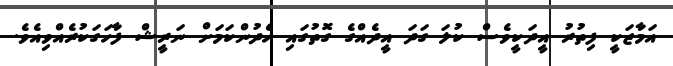
އަމާޒަކީ ފިތުރު އީދަކީވެސް ކުލަ ގަދަ އީދެއްގެ ގޮތުގައި ހެދުންކަމަށް ނަރީޝް ފާހަގަކުރެއްވިއެެވެ.